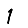
Digit: 1